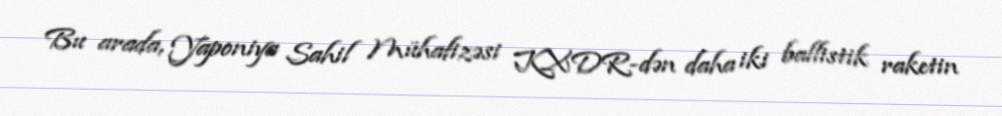
Bu arada, Yaponiya Sahil Mühafizəsi KXDR-dən daha iki ballistik raketin